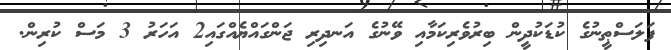
ފަލަސްޠީނުގެ ކުޑަކުދީން ބިރުވެރިކަމާއި ވޭނުގެ އަނދިރި ޖަންގައްޔެއްގައި2 އަހަރު 3 މަސް ކުރިން.